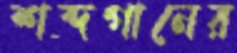
শব্দগানের